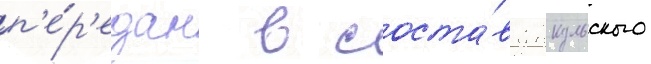
п'е́р'едан в соста́в янкульского